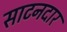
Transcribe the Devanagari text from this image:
साटनदार